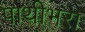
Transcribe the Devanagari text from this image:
पाथीभरा